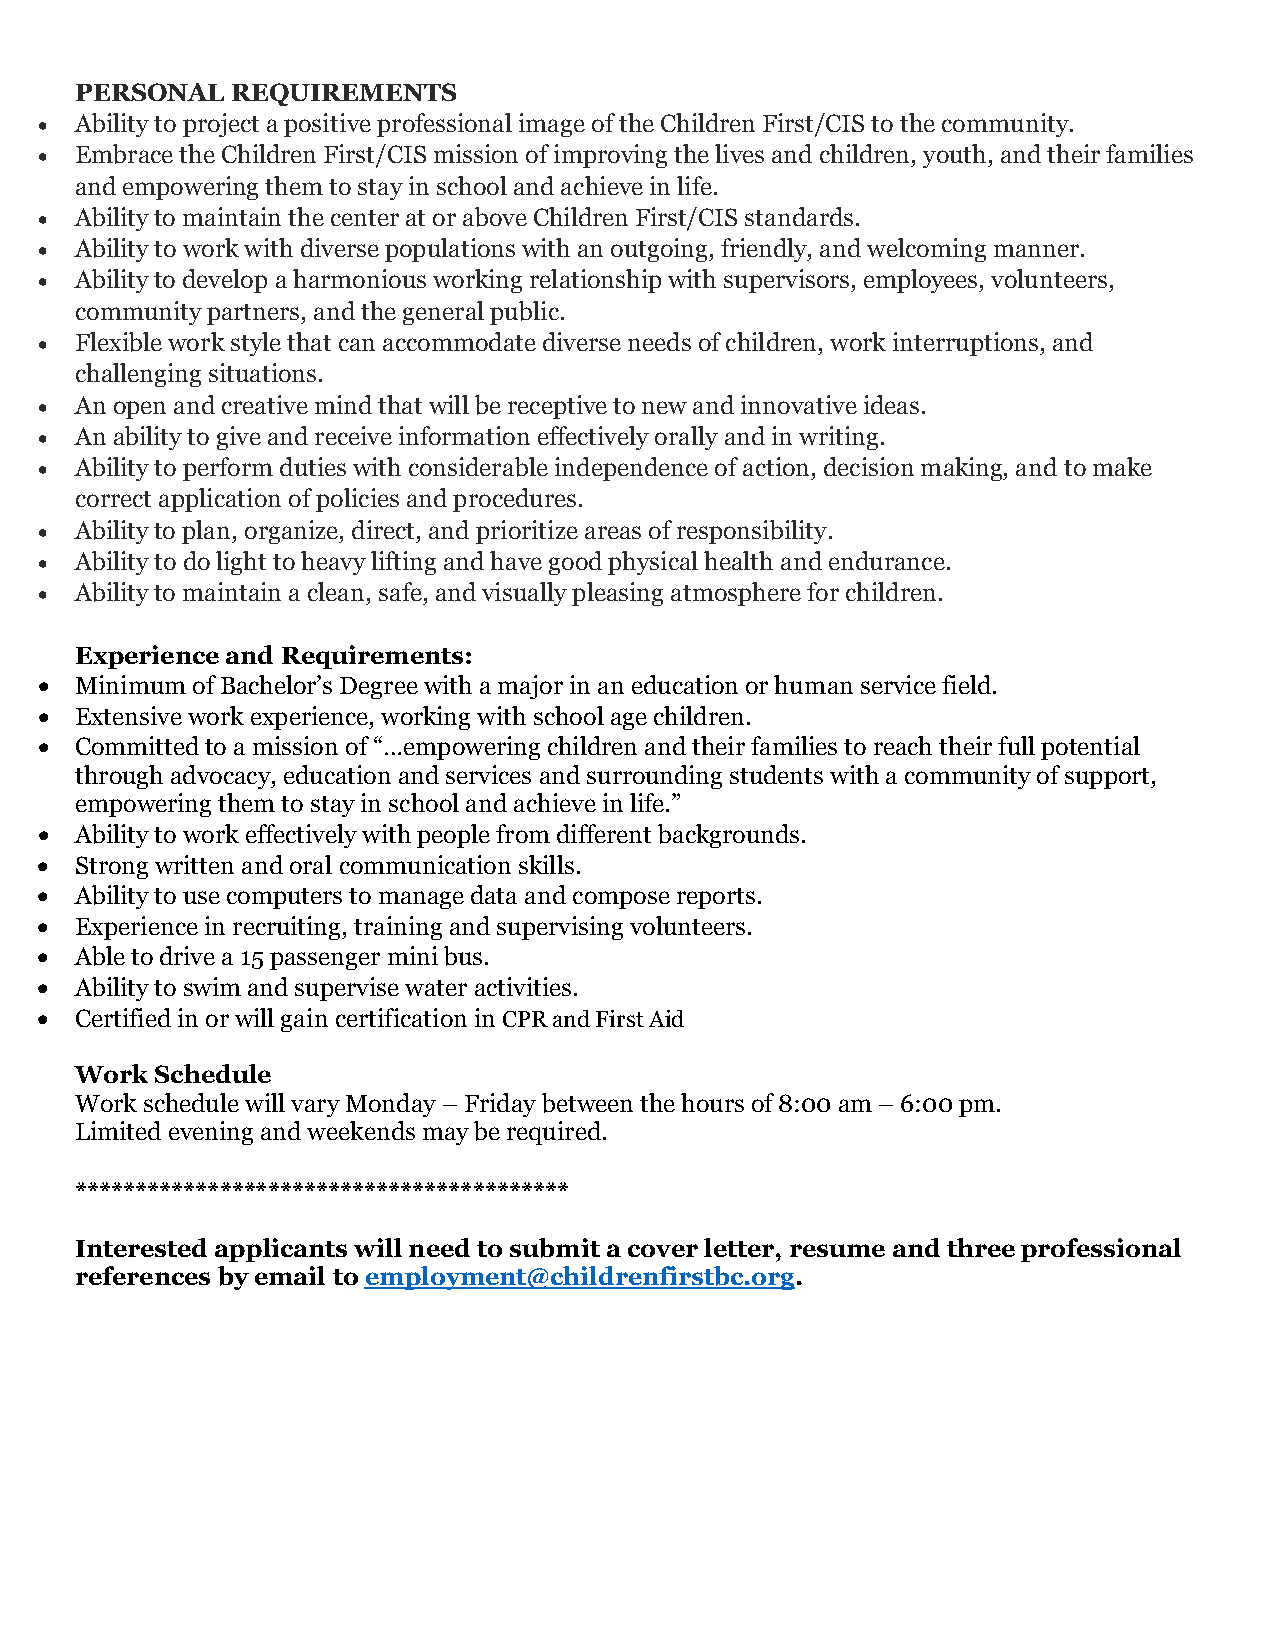
PERSONAL  REQUIREMENTS
 •  Ability to project a positive professional image of the Children First/CIS to the community.
 •  Embrace the Children First/CIS mission of improving the lives and children, youth, and their families
 and empowering them to stay in school and achieve in life.
 •  Ability to maintain the center at or above Children First/CIS standards.
 •  Ability to work with diverse populations with an outgoing, friendly, and welcoming manner.
 •  Ability to develop a harmonious working relationship with supervisors, employees, volunteers,
 community partners, and the general public.
 •  Flexible work style that can accommodate diverse needs of children, work interruptions, and
 challenging situations.
 •  An open and creative mind that will be receptive to new and innovative ideas.
 •  An ability to give and receive information effectively orally and in writing.
 •  Ability to perform duties with considerable independence of action, decision making, and to make
 correct application of policies and procedures.
 •  Ability to plan, organize, direct, and prioritize areas of responsibility.
 •  Ability to do light to heavy lifting and have good physical health and endurance.
 •  Ability to maintain a clean, safe, and visually pleasing atmosphere for children.
 Experience and Requirements:
 •  Minimum of Bachelor’s Degree with a major in an education or human service field.
 •  Extensive work experience, working with school age children.
 •  Committed to a mission of “…empowering children and their families to reach their full potential
 through advocacy, education and services and surrounding students with a community of support,
 empowering them to stay in school and achieve in life.”
 •  Ability to work effectively with people from different backgrounds.
 •  Strong written and oral communication skills.
 •  Ability to use computers to manage data and compose reports.
 •  Experience in recruiting, training and supervising volunteers.
 •  Able to drive a 15 passenger mini bus.
 •  Ability to swim and supervise water activities.
 •  Certified in or will gain certification in CPR and First Aid
 Work Schedule
 Work schedule will vary Monday – Friday between the hours of 8:00 am – 6:00 pm.
 Limited evening and weekends may be required.
 *****************************************
 Interested applicants will need to submit a cover letter, resume and three professional
 references by email to employment@childrenfirstbc.org.